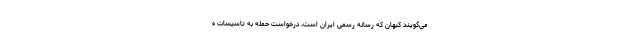
می‌گویند کیهان که رسانه رسمی ایران است، درخواست حمله به تاسیسات ه